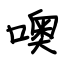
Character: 噢